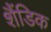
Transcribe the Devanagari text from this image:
शैंडिक